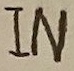
Text: IN